Vaccine operations Central Provinces & Berar 1922-1929 - 1922-1929
Year: 1922
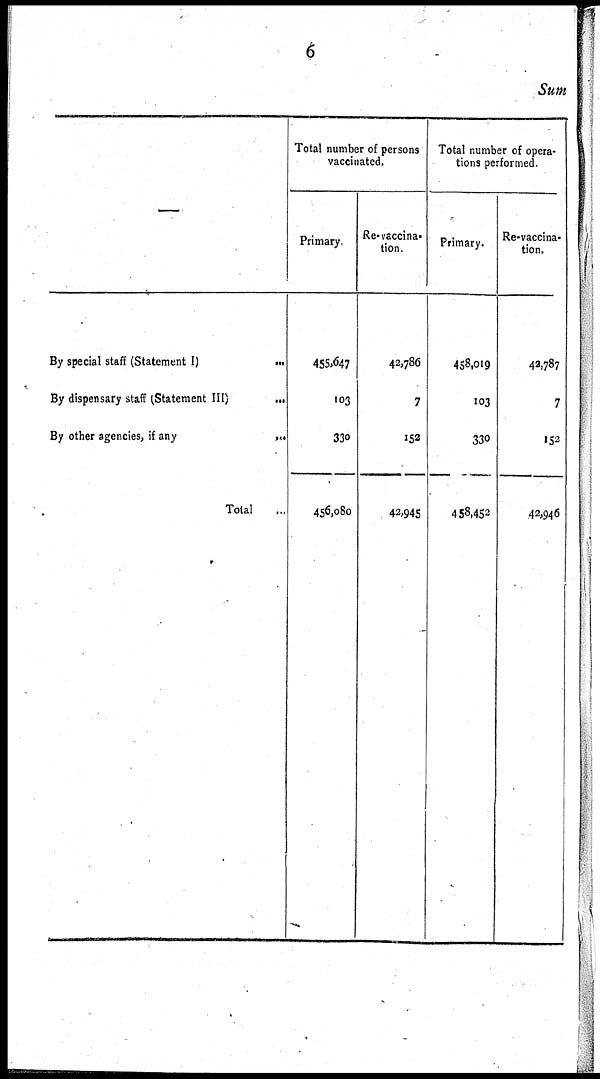
6
Sum
—
By special staff (Statement I)
...
By dispensary staff (Statement III)
...
By other agencies, if any
...
Total ...
Total number of persons
vaccinated.
Primary.
455,647
103
330
456,080
Re-vaccina-
tion.
42,786
7
152
42,945
Total number of opera-
tions performed.
Primary.
458,019
103
330
458,452
Re-vaccina¬
tion.
42,787
7
152
42,946